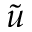
\Tilde { u }